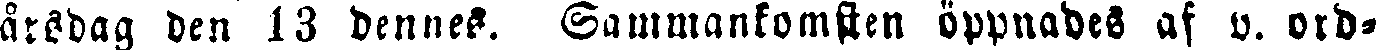
årsdag den 13 dennes. Sammankomsten öppnades af v. ord-